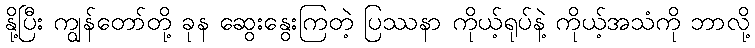
နို့ပြီး ကျွန်တော်တို့ ခုန ဆွေးနွေးကြတဲ့ ပြဿနာ ကိုယ့်ရုပ်နဲ့ ကိုယ့်အသံကို ဘာလို့